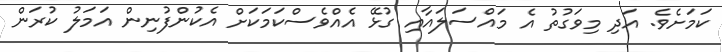
ކަމަށެވެ. އަދި މިވަގުތު އެ މައްސަލައާއި ގުޅޭ އެއްވެސްކަމަކަށް އެކުންފުނިން އަމަލު ކުރަން